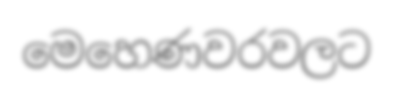
මෙහෙණවරවලට